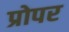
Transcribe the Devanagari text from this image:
प्रोपर